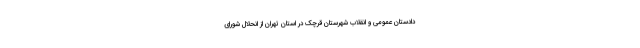
دادستان عمومی و انقلاب شهرستان قرچک در استان تهران از انحلال شورای